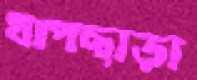
খাপছাড়া